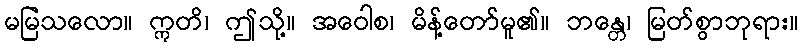
မမြဲသလော။ ဣတိ၊ ဤသို့။ အဝေါစ၊ မိန့်တော်မူ၏။ ဘန္တေ၊ မြတ်စွာဘုရား။